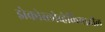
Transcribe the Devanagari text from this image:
झेकोस्लोव्हेकियातील